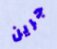
جرين